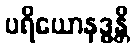
ပရိယောနဒ္ဓန္တိ